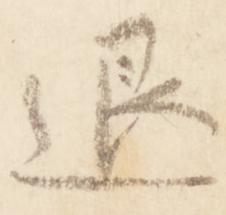
退